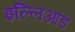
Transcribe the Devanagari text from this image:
इल्लिआड